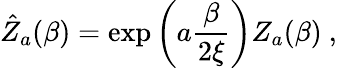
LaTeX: \hat{Z}_{a}(\beta)=\exp\bigg(a{\frac{\beta}{2\xi}}\bigg)Z_{a}(\beta)\ ,